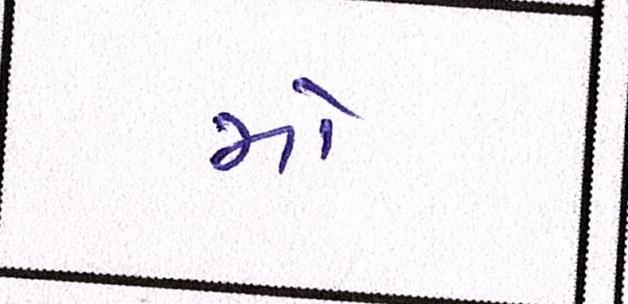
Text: મો